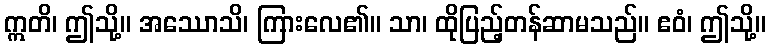
ဣတိ၊ ဤသို့။ အဿောသိ၊ ကြားလေ၏။ သာ၊ ထိုပြည့်တန်ဆာမသည်။ ဧဝံ၊ ဤသို့။